Subject: math
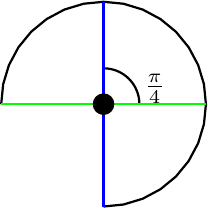
LaTeX code:
			\begin{tikzpicture}[scale=1.3]
				\draw[thick,domain = -90:180] plot({cos(\x)},{sin(\x)});
				\draw[thick,domain =0:90] plot ({0.35*cos(\x)},{0.35*sin(\x)});
				\node[] at (0.5,0.15) {$\frac{\pi}{4}$};
				\draw[thick,green] (1,0)--(0,0)--(-1,0);
				\draw[thick,blue] (0,1)--(0,0)--(0,-1);
				\filldraw[black] (0,0) circle (0.1);
			\end{tikzpicture}